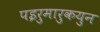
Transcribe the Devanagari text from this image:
पइरुमारुकयुन